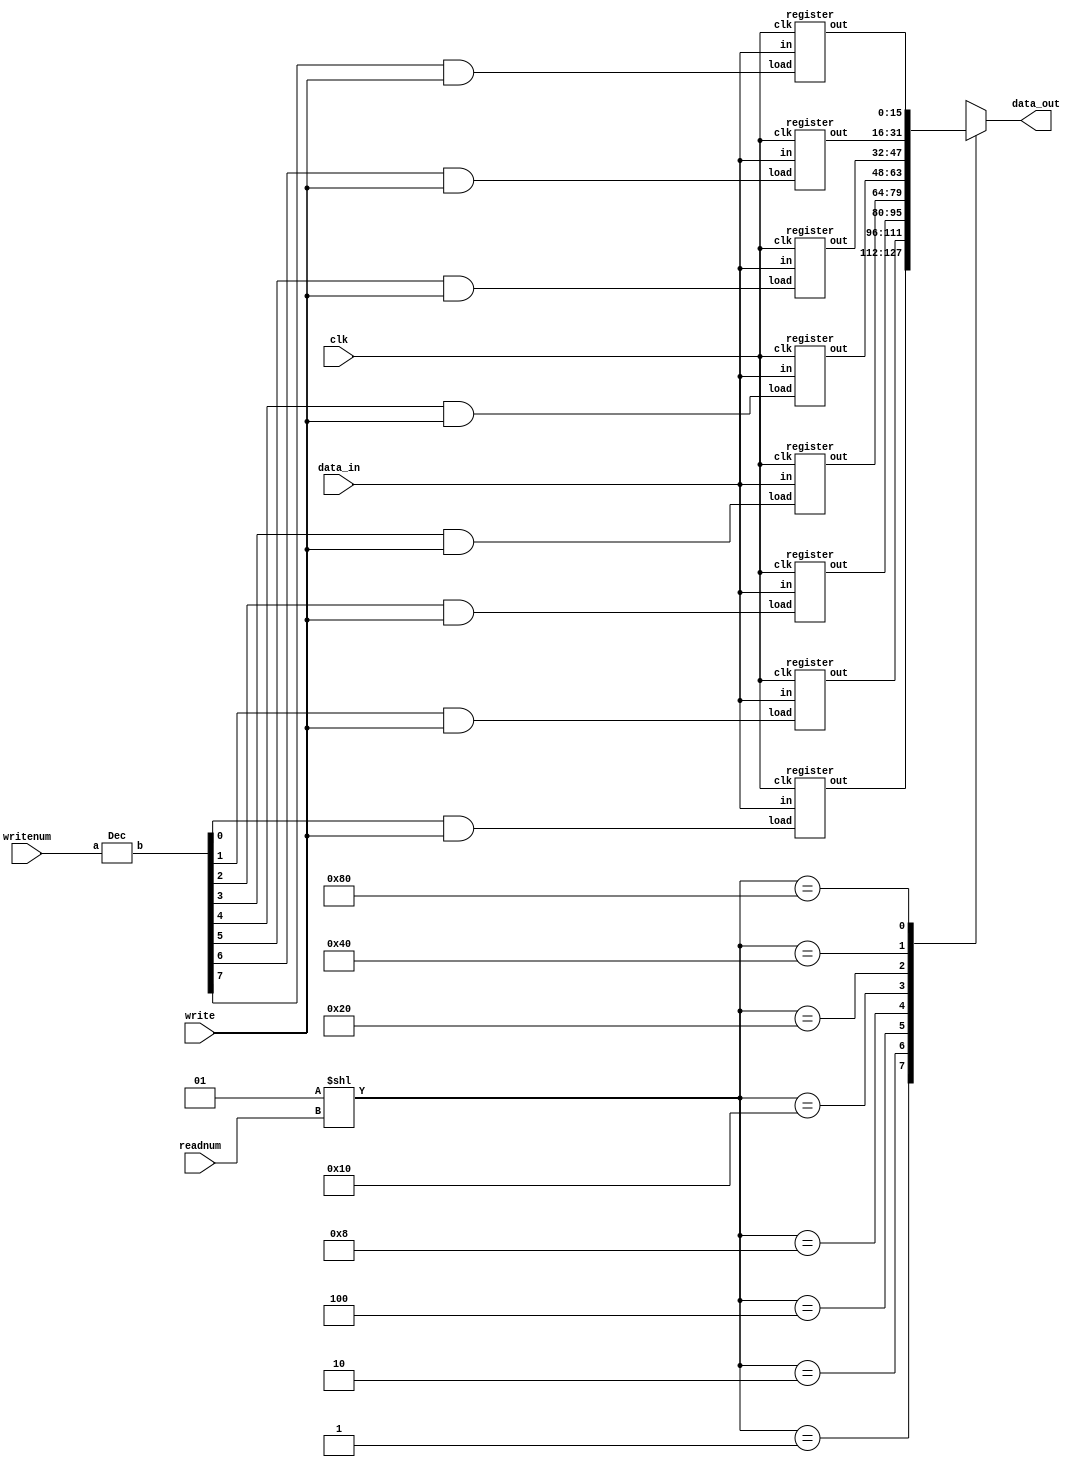
module regfile(data_in,writenum,write,readnum,clk,data_out);
input [15:0] data_in;
input [2:0] writenum, readnum;
input write, clk;
output [15:0] data_out; 
wire [7:0] writenumout, regselect;
wire [15:0] R0,R1,R2,R3,R4,R5,R6,R7;
reg [15:0] data_out;

Dec  decoder1(writenum,writenumout); //instantiate decoder to convert writenum into onehot

register Reg0(data_in,writenumout[0] & write,clk,R0); //instantiate reg modules for each register
register Reg1(data_in,writenumout[1] & write,clk,R1);
register Reg2(data_in,writenumout[2] & write,clk,R2);
register Reg3(data_in,writenumout[3] & write,clk,R3);
register Reg4(data_in,writenumout[4] & write,clk,R4);
register Reg5(data_in,writenumout[5] & write,clk,R5);
register Reg6(data_in,writenumout[6] & write,clk,R6);
register Reg7(data_in,writenumout[7] & write,clk,R7);

assign regselect = 1<< readnum; //decoder to conver readnum into onehot

always @(*)begin //multiplexer for 8 registers
        case(regselect) 
        8'b00000001: data_out = R0;
        8'b00000010: data_out = R1;
        8'b00000100: data_out = R2;
        8'b00001000: data_out = R3;
        8'b00010000: data_out = R4;
        8'b00100000: data_out = R5;
        8'b01000000: data_out = R6;
        8'b10000000: data_out = R7;
        default : data_out = 16'bxxxxxxxxxxxxxxxx;
        endcase
	end
endmodule


module Dec(a,b);  //3:8 decoder to convert wrtienum into one hot code
  input[2:0]a;
  output[7:0]b;

  wire [7:0]b= 1 << a;
endmodule


module register(in,load,clk,out); //reister 
    input [15:0] in;
    input load, clk;
    output [15:0] out;
    wire [15:0] next_out;
    reg [15:0] out;

    assign next_out = load ? in : out; //multiplexer
    
    always @(posedge clk)begin  //flipflop
    out = next_out;
    end

endmodule